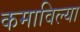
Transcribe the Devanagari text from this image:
कमाविल्या